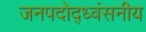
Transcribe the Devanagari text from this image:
जनपदोद्ध्वंसनीय